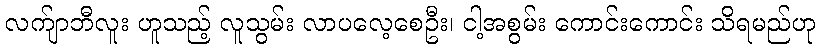
လက်ျာဘီလူး ဟူသည့် လူသွမ်း လာပလေ့စေဦး၊ ငါ့အစွမ်း ကောင်းကောင်း သိရမည်ဟု